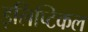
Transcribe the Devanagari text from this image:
इलिप्टिकल